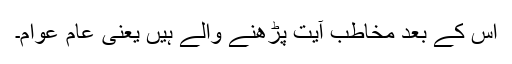
اس کے بعد مخاطب آیت پڑھنے والے ہیں یعنی عام عوام۔